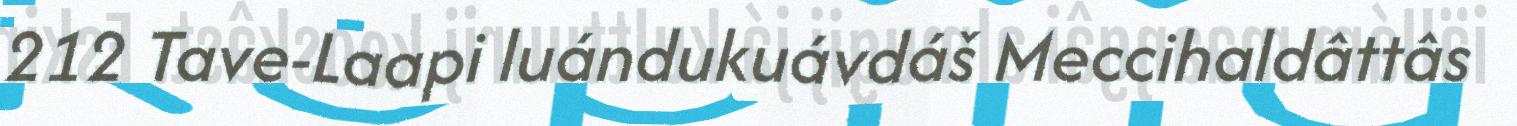
212 Tave-Laapi luándukuávdáš Meccihaldâttâs